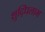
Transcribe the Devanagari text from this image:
शुद्धिलाभ